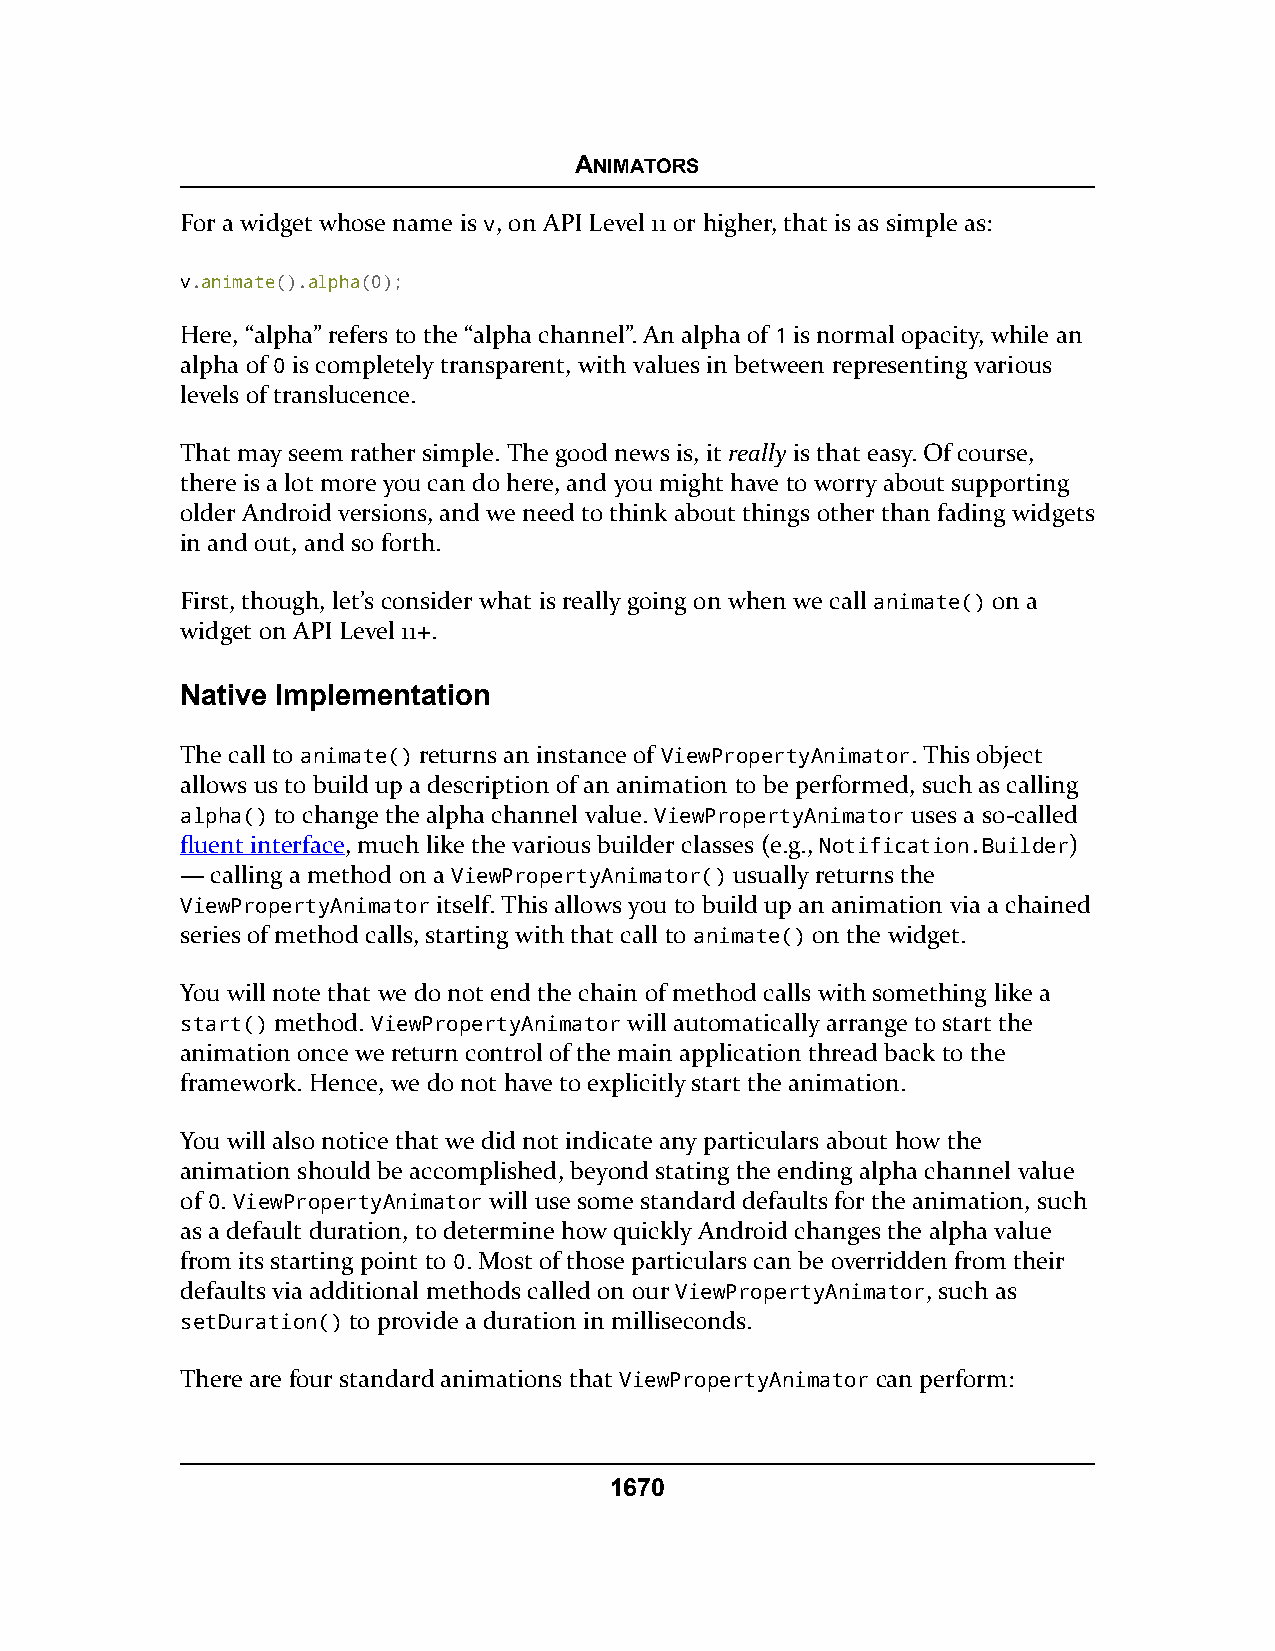
ANIMATORS
 For a widget whose name is v, on API Level 11 or higher, that is as simple as:
 v.animate().alpha(0);
 Here, “alpha” refers to the “alpha channel”. An alpha of 1 is normal opacity, while an
 alpha of 0 is completely transparent, with values in between representing various
 levels of translucence.
 That may seem rather simple. The good news is, it really is that easy. Of course,
 there is a lot more you can do here, and you might have to worry about supporting
 older Android versions, and we need to think about things other than fading widgets
 in and out, and so forth.
 First, though, let’s consider what is really going on when we call animate() on a
 widget on API Level 11+.
 Native Implementation
 The call to animate() returns an instance of ViewPropertyAnimator. This object
 allows us to build up a description of an animation to be performed, such as calling
 alpha() to change the alpha channel value. ViewPropertyAnimator uses a so-called
 fluent interface, much like the various builder classes (e.g., Notification.Builder)
 — calling a method on a ViewPropertyAnimator() usually returns the
 ViewPropertyAnimator itself. This allows you to build up an animation via a chained
 series of method calls, starting with that call to animate() on the widget.
 You will note that we do not end the chain of method calls with something like a
 start() method. ViewPropertyAnimator will automatically arrange to start the
 animation once we return control of the main application thread back to the
 framework. Hence, we do not have to explicitly start the animation.
 You will also notice that we did not indicate any particulars about how the
 animation should be accomplished, beyond stating the ending alpha channel value
 of 0. ViewPropertyAnimator will use some standard defaults for the animation, such
 as a default duration, to determine how quickly Android changes the alpha value
 from its starting point to 0. Most of those particulars can be overridden from their
 defaults via additional methods called on our ViewPropertyAnimator, such as
 setDuration() to provide a duration in milliseconds.
 There are four standard animations that ViewPropertyAnimator can perform:
 1670